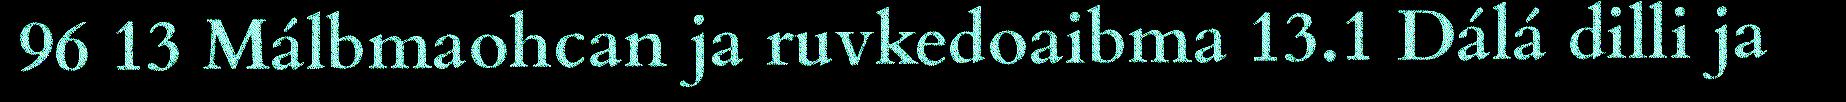
96 13 Málbmaohcan ja ruvkedoaibma 13.1 Dálá dilli ja